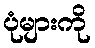
ပုံများကို